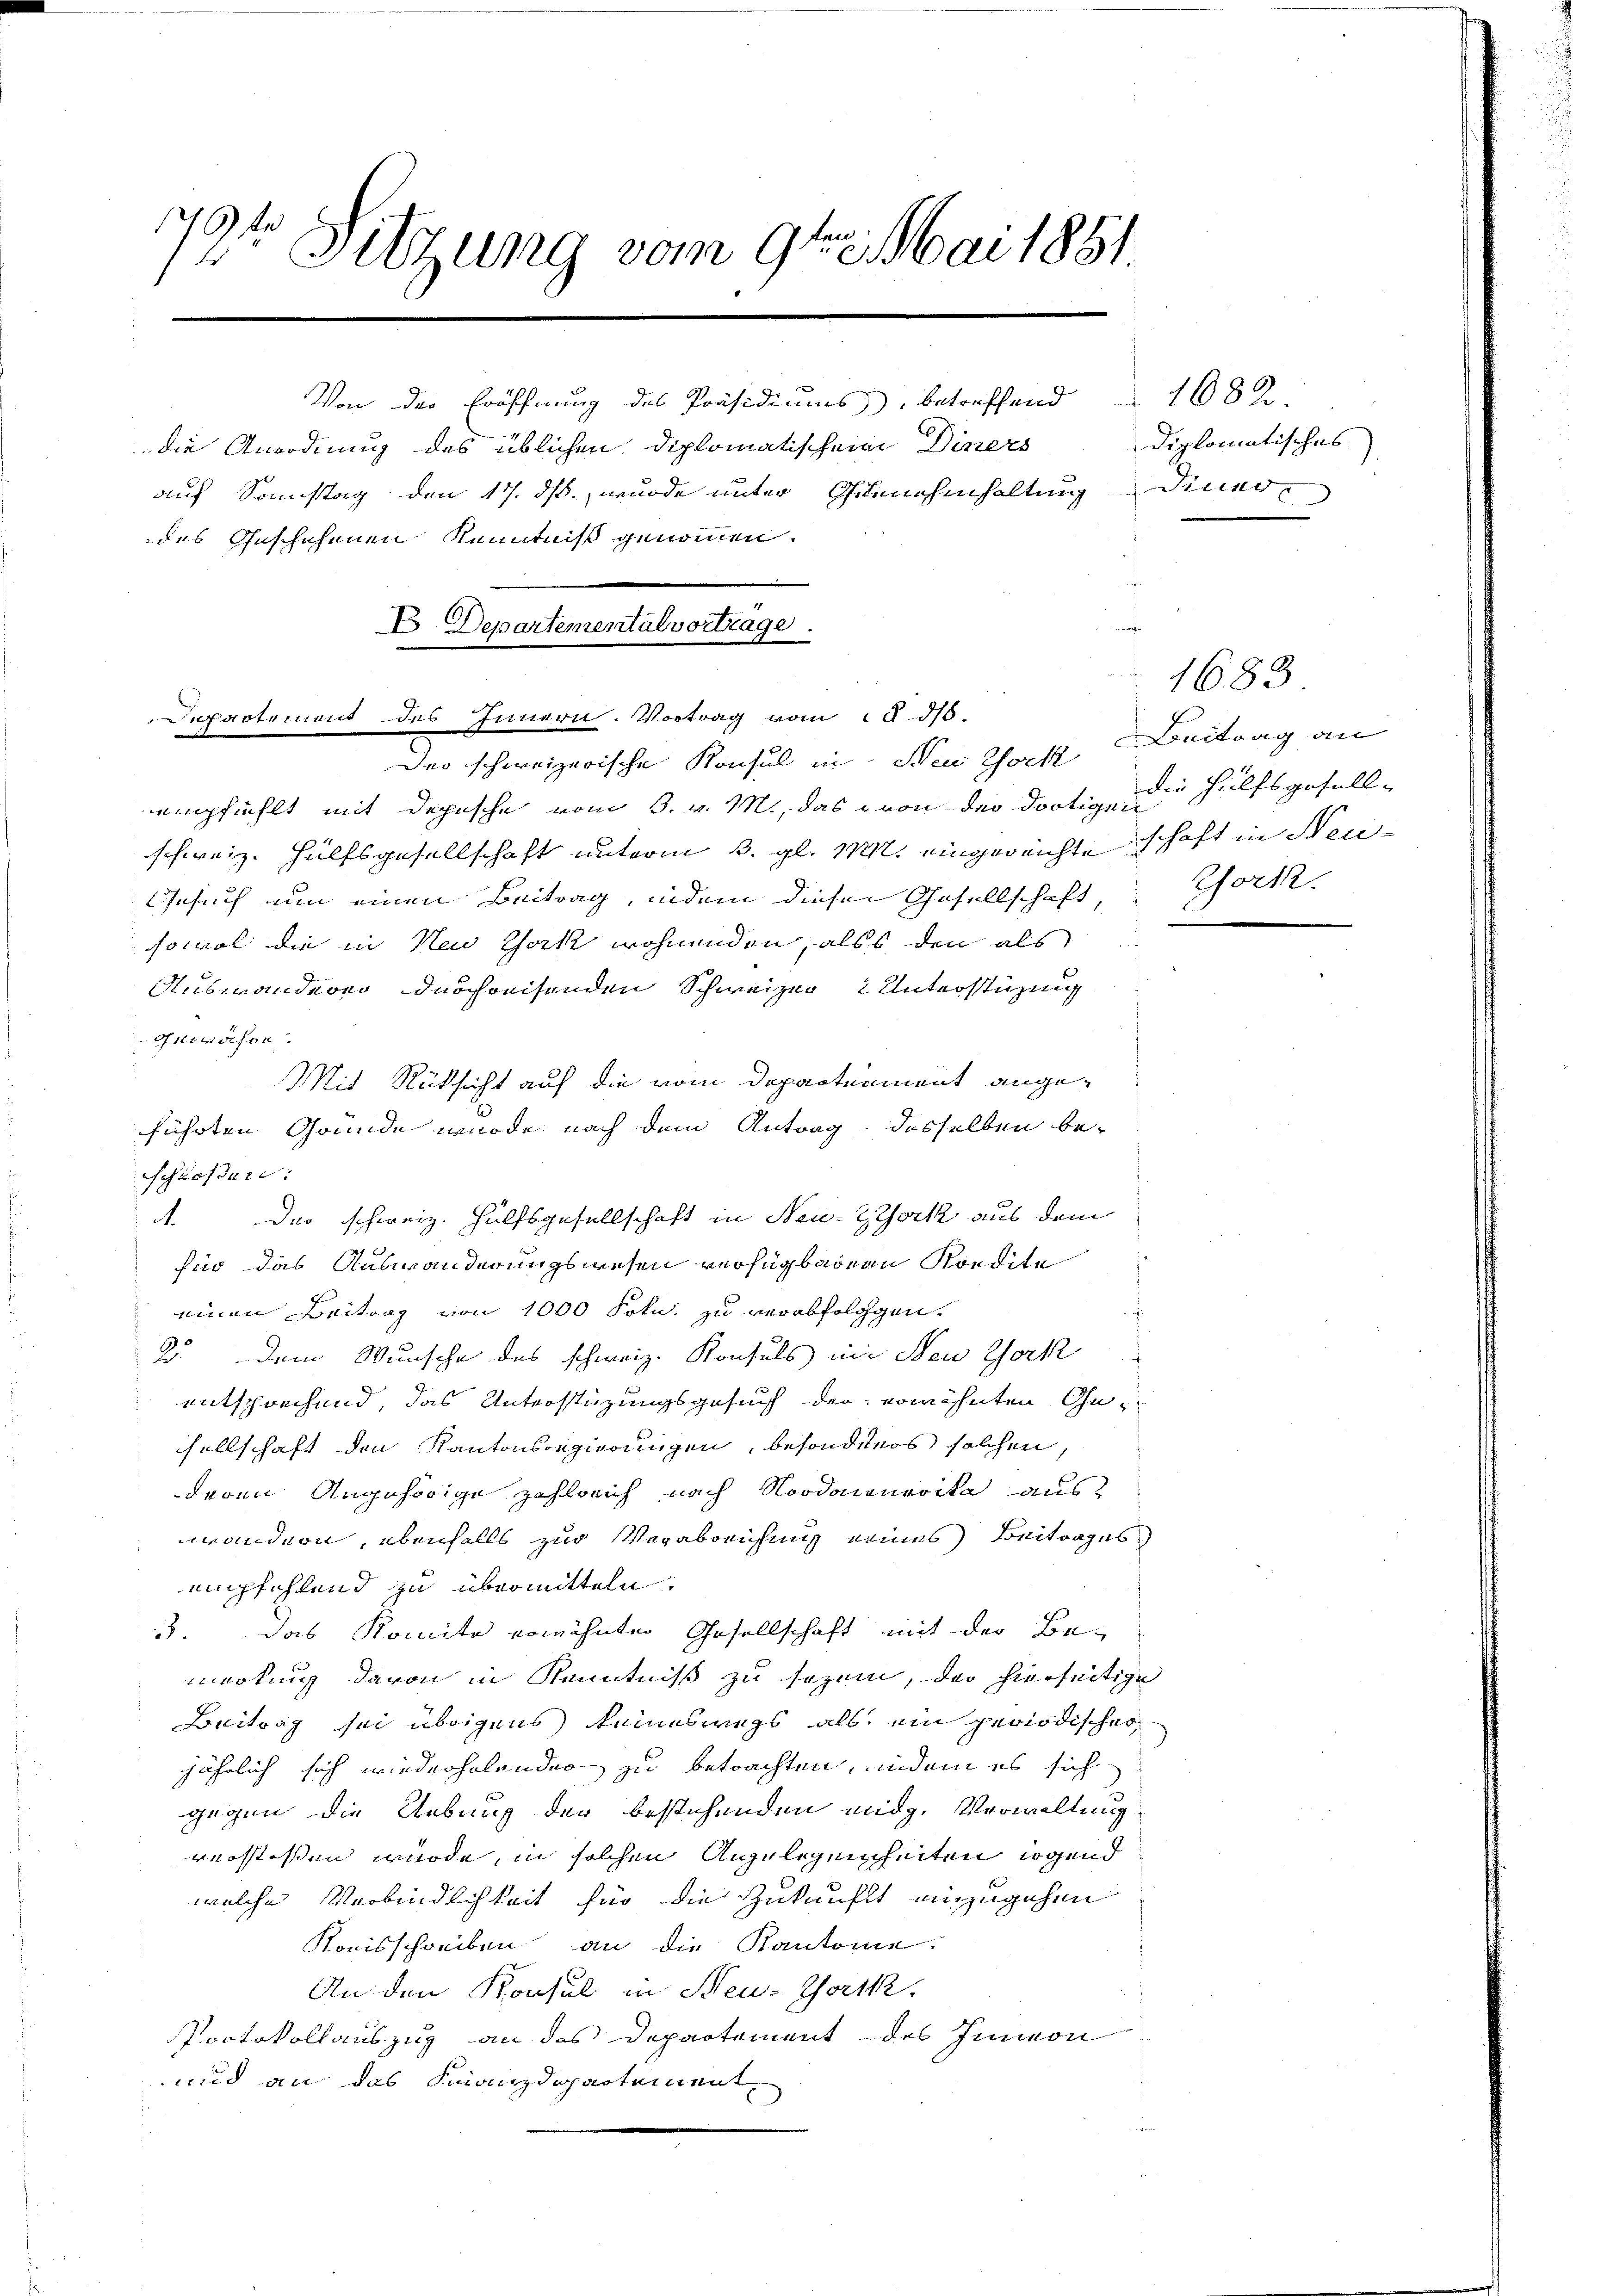
1
19t Sitzung vom 9ten Mai 1851.
Von der Eröffnung des Präsidiums, betreffend 1682.
die Anordnung des üblichen Diplomatischen Diners
auf Sonstag den 17. ds., wurde unter Genehmhaltung dener
des Geschehenen Kenntniß genommen.

E Departemental vortrage.

Departement des Innern. Vortrag vom 18. 35.

Der schweizerische Konsul in Neu Sock
empfiehlt mit Depesche vom 3. v. M., das von der dortigen Hilfsgesellschweiz. Hülfsgesellschaft unterm 3. gl. M. eingereichte schaft in Neu¬
Gesuch um einen Beitrag, indem dieser Gesellschaft,
sowol die in New York wohnenden, alss den als
Auswanderer durchreisenden Schweizer 2 Unterstüzung
oirwöchen.
Mit Rüksicht auf die vom Depactement angeführten Gründe wurde nach dem Antrag desselben be-
Schrofferi
A. Der schweiz. Hülfsgesellschaft in New-York aus dem
für das Auswanderungswesen verfügbaren Kondite
s
einen Beitrag von 1000 Frkn. zu verabfolggen,
2. Dem Wunsche des schweiz. Konsuls in New York
entsprechend, das Unterstüzungsgesuch der erwähnten Gesellschaft den Kantonsregierungen, besonders solchen,
deren Angehörige Zahlreich nach Nordonnerika aus
wandern, ebenfalls zur Verabreichung eines Beitrages
empfehlend zu übermitteln.
. das Komite erwähnten Gesellschaft mit der Bemerkung davon in Kenntniß zu sezen, der hierseitige
Beitrag sei übrigens keineswegs als ein periodischer
jährlich sich wiederholenden zu betrachten, indem es sich
gegen die Uebung der bestehenden eidg. Verwaltung
verstossen würde, in solchen Angelegenheiten irgend
welche Verbindlichkeit für die Zukunft einzugehen
Komisschreiben an die Kantonie.
An den Konsul in Neu-Gortk
Protokollauszug an das Departement des Innern,
und an das Finanzdepartement¬

diplomatisches

1683
Beitrag an
Gork.